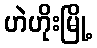
ဟဲဟိုးမြို့